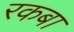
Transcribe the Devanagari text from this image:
रकबा